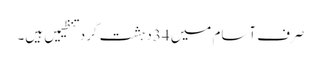
صرف آسام میں 34دہشت گرد تنظیمیں ہیں۔